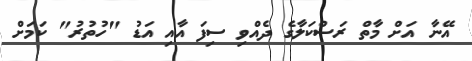
އޭނާ އަށް މާތް ރަސްކަލާގެ ދެއްވި ސިފަ އާއި އަޑު "ހުތުރު" ކަމަށް